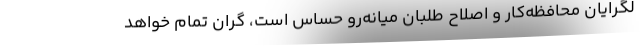
لگرایان محافظه‌کار و اصلاح طلبان میانه‌رو حساس است، گران تمام خواهد